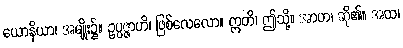
ယောနိယာ၊ အမျိုး၌။ ဥပ္ပဇ္ဇာဟိ၊ ဖြစ်လေလော။ ဣတိ၊ ဤသို့။ အာဟ၊ ဆို၏။ အထ၊